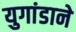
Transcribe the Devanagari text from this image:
युगांडाने